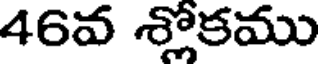
46వ శ్లోకము